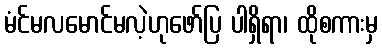
မံင်မလမောင်မလဲ့ဟုဖော်ပြ ပါရှိရာ၊ ထိုစကားမှ